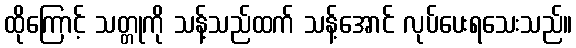
ထိုကြောင့် သတ္တုကို သန့်သည်ထက် သန့်အောင် လုပ်ပေးရသေးသည်။